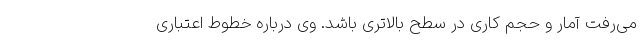
می‌رفت آمار و حجم کاری در سطح بالاتری باشد. وی درباره خطوط اعتباری